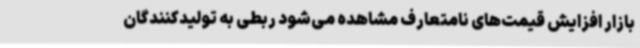
بازار افزایش قیمت‌های نامتعارف مشاهده می‌شود ربطی به تولیدکنندگان